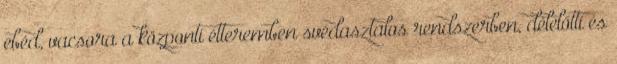
ebéd, vacsora a központi étteremben svédasztalos rendszerben, délelőtti és